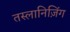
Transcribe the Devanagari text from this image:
तस्लानिज़िंग